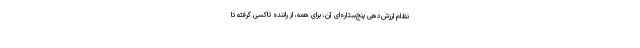
نظام ارزش‌دهی پنج‌ستاره‌ایِ آن، برای همه، از رانندهٔ تاکسی گرفته تا